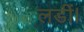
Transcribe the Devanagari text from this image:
लडीं।